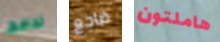
تحافظ ضاجع هاملتون